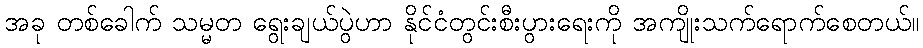
အခု တစ်ခေါက် သမ္မတ ရွေးချယ်ပွဲဟာ နိုင်ငံတွင်းစီးပွားရေးကို အကျိုးသက်ရောက်စေတယ်။